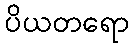
ပိယတရော